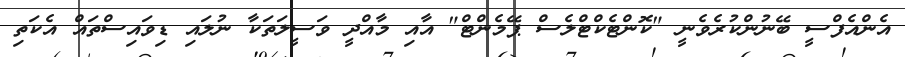
އެންއެފްސީ ބޭނުންކުރެވެނީ "ކޮންޓެކްޓްލެސް ޕޭމެންޓް" އާއި މާއްދީ ވަސީލަތަކާ ނުލައި ޑިވައިސްތައް އެކަތި